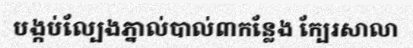
បង្កប់ល្បែងភ្នាល់បាល់៣កន្លែង ក្បែរសាលា